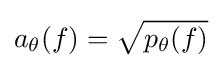
a_{\theta }(f)={\sqrt {p_{\theta }(f)}}